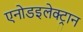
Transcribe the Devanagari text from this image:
एनोडइलेक्ट्रान